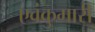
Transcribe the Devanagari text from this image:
एवंकुमारी